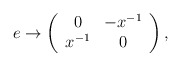
\begin{align*}e \rightarrow \left( \begin{array}{cc} 0 & -x^{-1} \\ x^{-1} & 0 \end{array} \right),\end{align*}